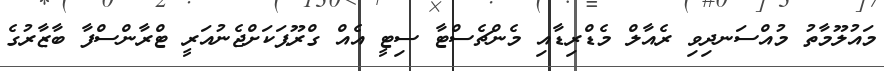
މައުލޫމާތު މުއްސަނދިވި ރެއާލް މެޑްރިޑާއި މެންޗެސްޓާ ސިޓީ އެއް ގްރޫޕަކަށްޖެނުއަރީ ޓްރާންސްފާ ބާޒާރުގެ